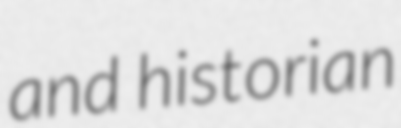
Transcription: and historian